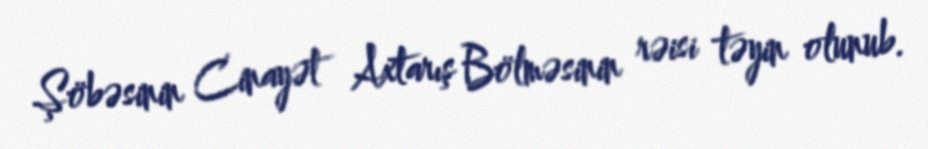
Şöbəsinin Cinayət Axtarış Bölməsinin rəisi təyin olunub.